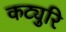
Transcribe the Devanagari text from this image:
कट्युरि